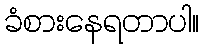
ခံစားနေရတာပါ။